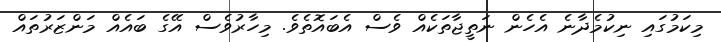
މިކަމުގައި ނިކުމެދާނެ އެހެން ނަތީޖާތަކެއް ވެސް އެބައޮތެވެ. މިހާރުވެސް އޭގެ ބައެއް މަންޒަރުތައް